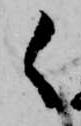
く